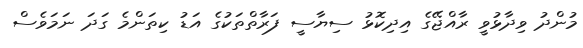
މުންދު ވިދާޅުވީ ރާއްޖޭގެ އިދިކޮޅު ސިޔާސީ ފަރާތްތަކުގެ އަޑު ކިތަންމެ ގަދަ ނަމަވެސް